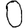
Digit: 0